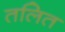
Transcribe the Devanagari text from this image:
तलित